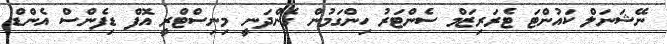
ނޭޝަނަލް ކައުންޓަ ޓެރަރިޒަމް ސެންޓަރު ހިންގަމުން ގެންދަނީ މިނިސްޓްރީ އޮފް ޑިފެންސް އެންޑް